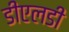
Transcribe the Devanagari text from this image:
डीएलडी